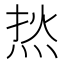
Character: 𰞟